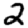
Digit: 2